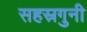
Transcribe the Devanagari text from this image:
सहस्रगुनी